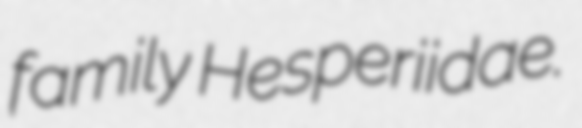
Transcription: family Hesperiidae.